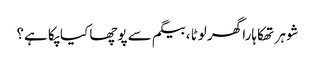
شوہر تھکاہارا گھر لوٹا ،بیگم سے پوچھا کیا پکا ہے؟